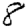
Digit: 8